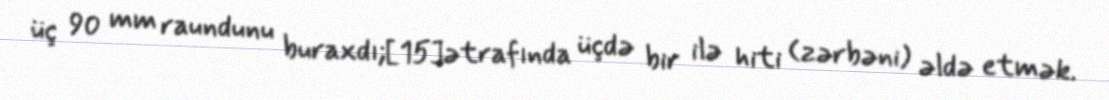
üç 90 mm raundunu buraxdı;[15]ətrafında üçdə bir ilə hiti (zərbəni) əldə etmək.